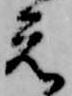
元